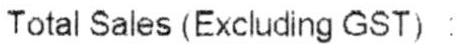
TOTAL SALES (EXCLUDING GST) :